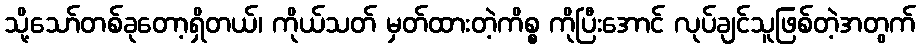
သို့သော်တစ်ခုတော့ရှိတယ်၊ ကိုယ်သတ် မှတ်ထားတဲ့ကိစ္စ ကိုပြီးအောင် လုပ်ချင်သူဖြစ်တဲ့အတွက်